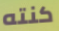
كنته